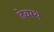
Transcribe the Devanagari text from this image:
देवस्थ